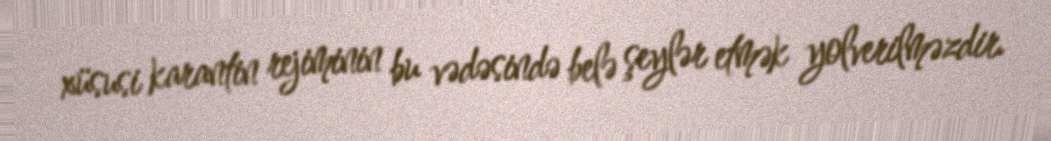
xüsusi karantin rejiminin bu vədəsində belə şeylər etmək yolverilməzdir.